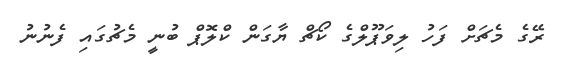
ރޭގެ މެޗަށް ފަހު ލިވަޕޫލްގެ ކޯޗް ޔާގަން ކްލޮޕް ބުނީ މެޗުގައި ފެނުނު